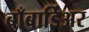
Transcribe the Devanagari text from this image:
बाँबार्डिअर